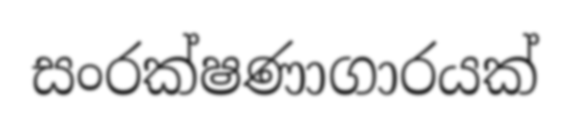
සංරක්ෂණාගාරයක්